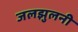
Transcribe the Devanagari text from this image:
जलझुलनी